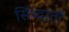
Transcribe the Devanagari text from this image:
सिंध्दातों